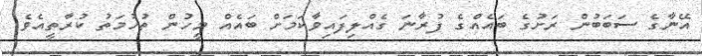
އޭނާގެ ސަބަބުން ރަށުގެ ބައެއްގެ ފުރާނަ ގެއްލިފައިވާކަމަށް ބައެއް މީހުން ތުހުމަތު ކުރާތީއެވެ.